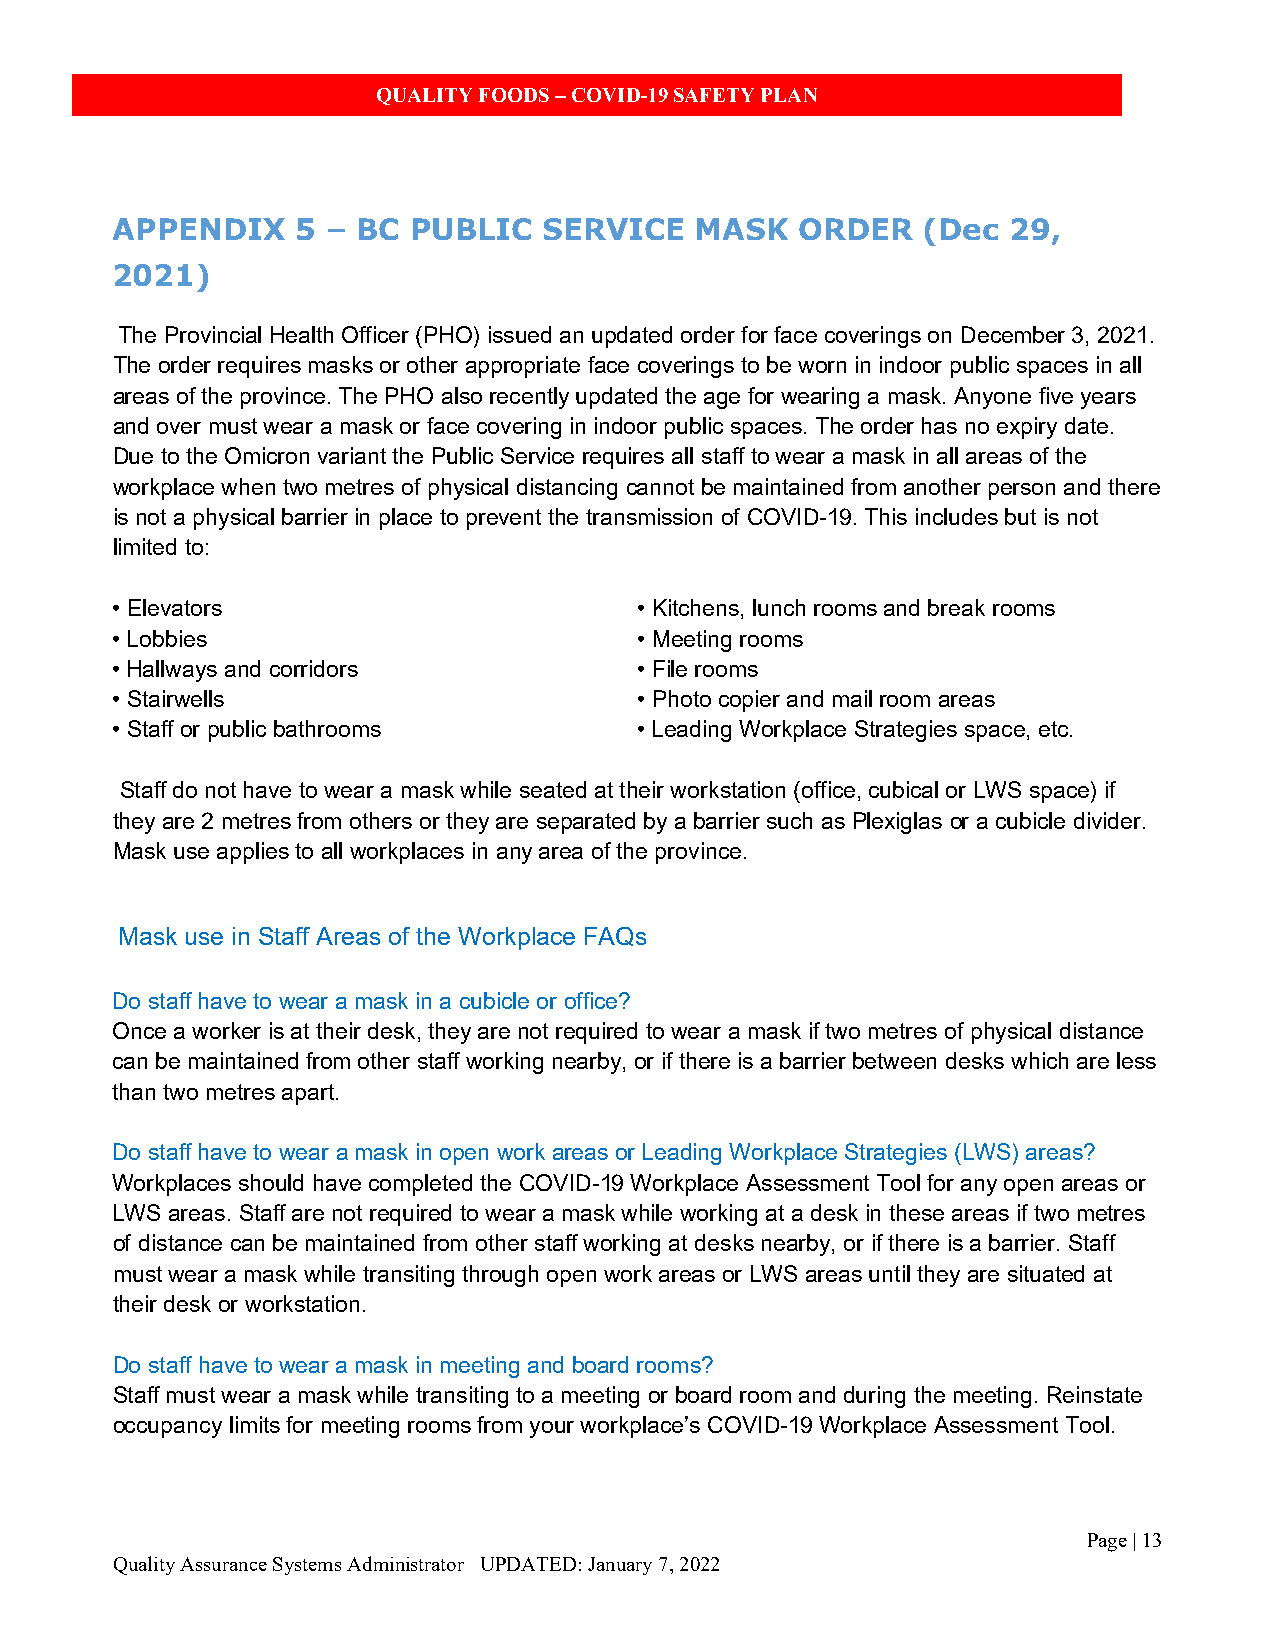
QUALITY FOODS – COVID-19 SAFETY PLAN
 APPENDIX     5 – BC PUBLIC   SERVICE   MASK   ORDER   (Dec  29,
 2021)
 The Provincial Health Officer (PHO) issued an updated order for face coverings on December 3, 2021.
 The order requires masks or other appropriate face coverings to be worn in indoor public spaces in all
 areas of the province. The PHO also recently updated the age for wearing a mask. Anyone five years
 and over must wear a mask or face covering in indoor public spaces. The order has no expiry date.
 Due to the Omicron variant the Public Service requires all staff to wear a mask in all areas of the
 workplace when two metres of physical distancing cannot be maintained from another person and there
 is not a physical barrier in place to prevent the transmission of COVID-19. This includes but is not
 limited to:
 • Elevators                        • Kitchens, lunch rooms and break rooms
 • Lobbies                          • Meeting rooms
 • Hallways and corridors           • File rooms
 • Stairwells                       • Photo copier and mail room areas
 • Staff or public bathrooms        • Leading Workplace Strategies space, etc.
 Staff do not have to wear a mask while seated at their workstation (office, cubical or LWS space) if
 they are 2 metres from others or they are separated by a barrier such as Plexiglas or a cubicle divider.
 Mask use applies to all workplaces in any area of the province.
 Mask use in Staff Areas of the Workplace FAQs
 Do staff have to wear a mask in a cubicle or office?
 Once a worker is at their desk, they are not required to wear a mask if two metres of physical distance
 can be maintained from other staff working nearby, or if there is a barrier between desks which are less
 than two metres apart.
 Do staff have to wear a mask in open work areas or Leading Workplace Strategies (LWS) areas?
 Workplaces should have completed the COVID-19 Workplace Assessment Tool for any open areas or
 LWS areas. Staff are not required to wear a mask while working at a desk in these areas if two metres
 of distance can be maintained from other staff working at desks nearby, or if there is a barrier. Staff
 must wear a mask while transiting through open work areas or LWS areas until they are situated at
 their desk or workstation.
 Do staff have to wear a mask in meeting and board rooms?
 Staff must wear a mask while transiting to a meeting or board room and during the meeting. Reinstate
 occupancy limits for meeting rooms from your workplace’s COVID-19 Workplace Assessment Tool.
 Page | 13
 Quality Assurance Systems Administrator UPDATED: January 7, 2022